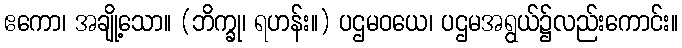
ဧကော၊ အချို့သော။ (ဘိက္ခု၊ ရဟန်း။) ပဌမဝယေ၊ ပဌမအရွယ်၌လည်းကောင်း။